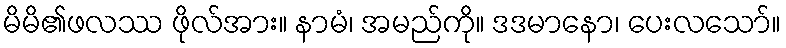
မိမိ၏ဖလဿ ဖိုလ်အား။ နာမံ၊ အမည်ကို။ ဒဒမာနော၊ ပေးလသော်။